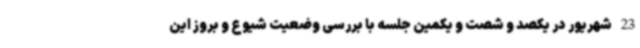
23 شهریور در یکصد و شصت و یکمین جلسه با بررسی وضعیت شیوع و بروز این